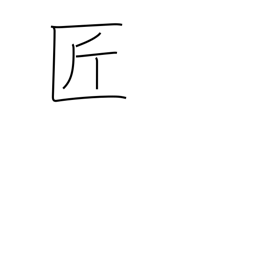
Meaning: artisan